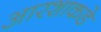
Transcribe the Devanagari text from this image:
आरशाकडे